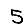
Digit: 5